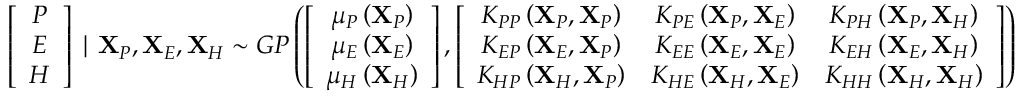
\left[ \begin{array} { c } { P } \\ { E } \\ { H } \end{array} \right] \mid \mathbf { X } _ { P } , \mathbf { X } _ { E } , \mathbf { X } _ { H } \sim G P \left( \left[ \begin{array} { c } { \mu _ { P } \left( \mathbf { X } _ { P } \right) } \\ { \mu _ { E } \left( \mathbf { X } _ { E } \right) } \\ { \mu _ { H } \left( \mathbf { X } _ { H } \right) } \end{array} \right] , \left[ \begin{array} { c c c } { K _ { P P } \left( \mathbf { X } _ { P } , \mathbf { X } _ { P } \right) } & { K _ { P E } \left( \mathbf { X } _ { P } , \mathbf { X } _ { E } \right) } & { K _ { P H } \left( \mathbf { X } _ { P } , \mathbf { X } _ { H } \right) } \\ { K _ { E P } \left( \mathbf { X } _ { E } , \mathbf { X } _ { P } \right) } & { K _ { E E } \left( \mathbf { X } _ { E } , \mathbf { X } _ { E } \right) } & { K _ { E H } \left( \mathbf { X } _ { E } , \mathbf { X } _ { H } \right) } \\ { K _ { H P } \left( \mathbf { X } _ { H } , \mathbf { X } _ { P } \right) } & { K _ { H E } \left( \mathbf { X } _ { H } , \mathbf { X } _ { E } \right) } & { K _ { H H } \left( \mathbf { X } _ { H } , \mathbf { X } _ { H } \right) } \end{array} \right] \right)